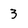
Character: 3